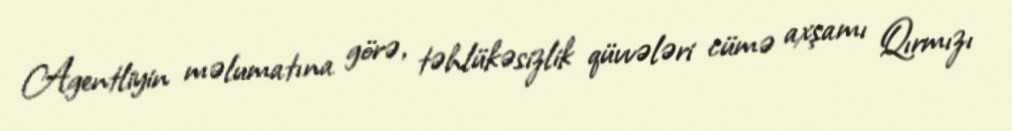
Agentliyin məlumatına görə, təhlükəsizlik qüvvələri cümə axşamı Qırmızı